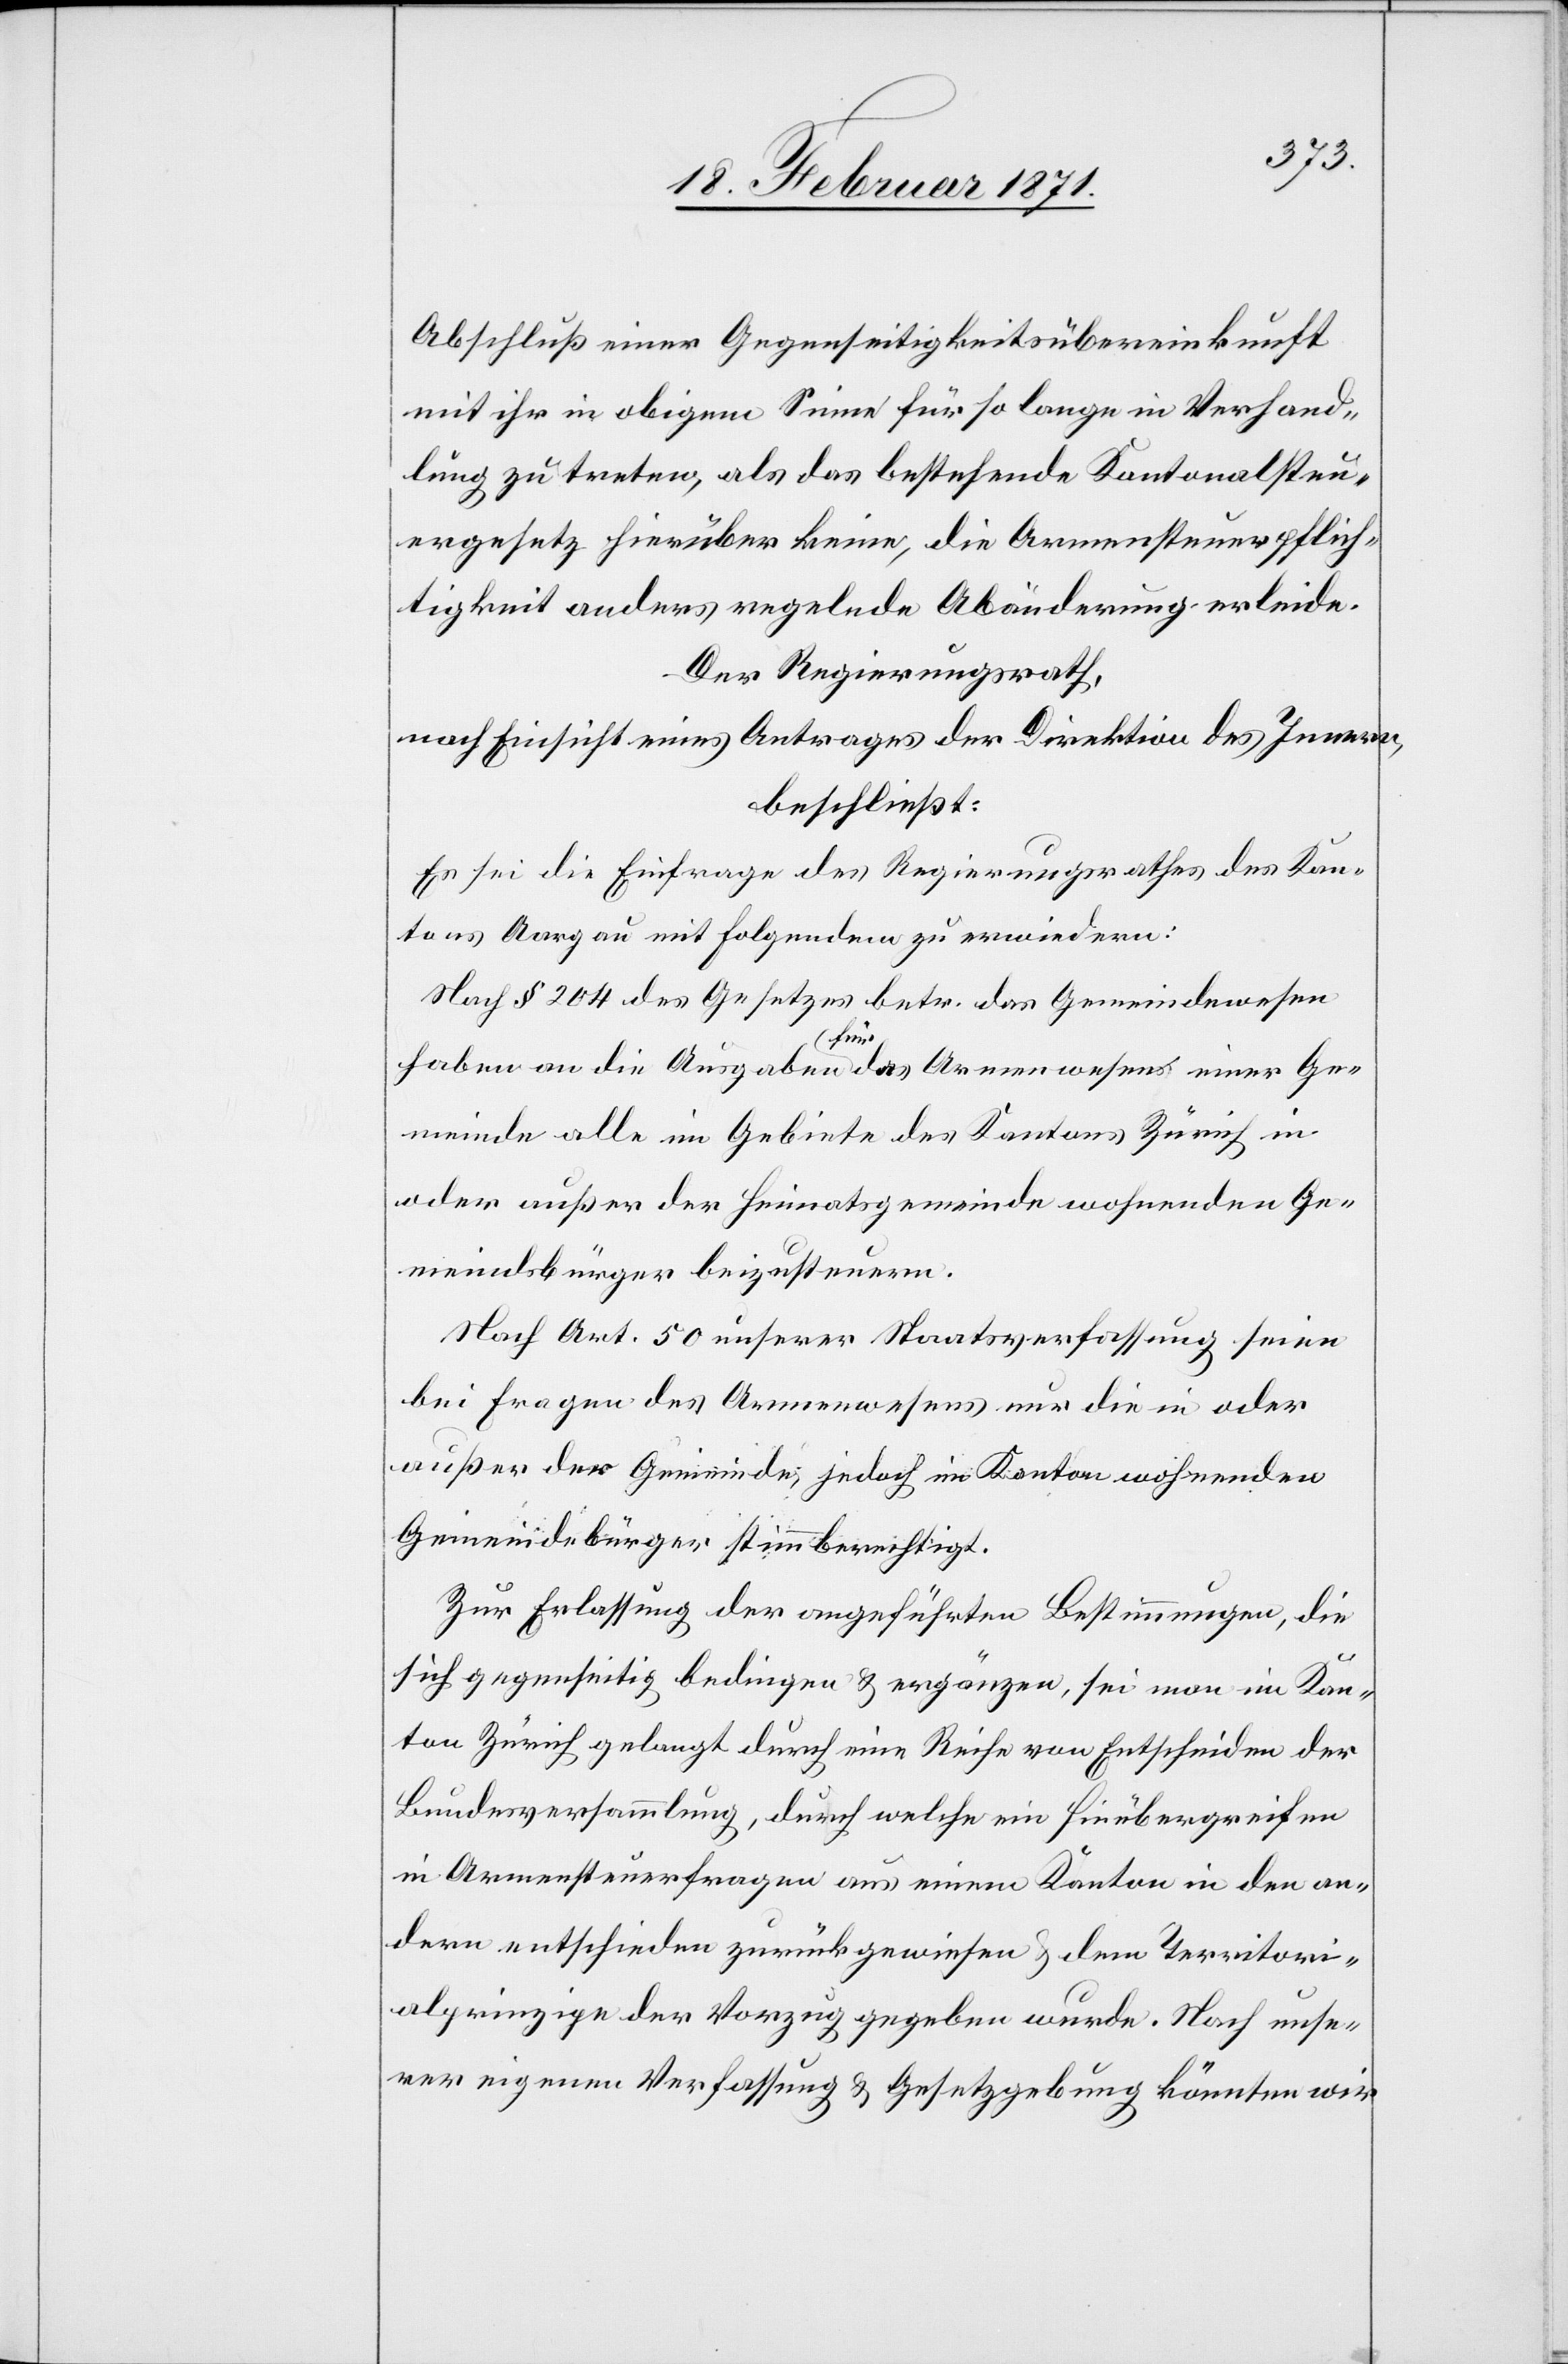
Abschluß einer Gegenseitigkeitsübereinkunft
mit ihr in obigem Sinne für so lange in Verhand¬
lung zu treten, als das bestehende Kantonalsteu¬
ergesetz hierüber keine, die Armensteuerpflich¬
tigkeit anders regelnde Abänderung erleide.
Der Regierungsrath,
nach Einsicht eines Antrages der Direktion des Innern,
beschließt:
Es sei die Einfrage des Regierungsrathes des Kan¬
tons Aargau mit Folgendem zu erwiedern:
Nach § 204 des Gesetztes betr. das Gemeindewesen
haben an die Ausgaben für das Armenwesen einer Ge¬
meinde alle im Gebiete des Kantons Zürich in
oder außer der Heimatsgemeinde wohnenden Ge¬
meindsbürger beizusteuern.
Nach Art. 50 unserer Staatsverfassung seien
bei Fragen des Armenwesens nur die in oder
außer der Gemeinde, jedoch im Kanton wohnenden
Gemeindebürger stimmberechtigt.
Zur Erlassung der angeführten Bestimmungen, die
sich gegenseitig bedingen u. ergänzen, sei man im Kan¬
ton Zürich gelangt durch eine Reihe von Entscheiden der
Bundesversammlung, durch welche ein Hinübergreifen
in Armensteuerfragen aus einem Kanton in den an¬
dern entschieden zurückgewiesen u. dem Territori¬
alprinzipe der Vorzug gegeben wurde. Nach unse¬
rer eigenen Verfassung u. Gesetzgebung könnten wir